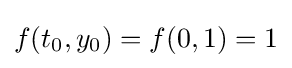
f(t_{0},y_{0})=f(0,1)=1